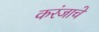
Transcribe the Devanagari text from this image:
करंजाचे